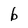
Character: b